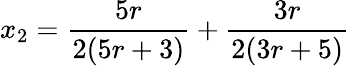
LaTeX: x_{2}=\frac{5r}{2(5r+3)}+\frac{3r}{2(3r+5)}